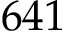
6 4 1